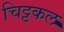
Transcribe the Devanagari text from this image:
चिट्टकल